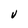
Character: V